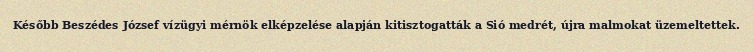
Később Beszédes József vízügyi mérnök elképzelése alapján kitisztogatták a Sió medrét, újra malmokat üzemeltettek.